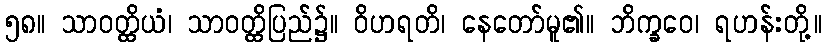
၅၈။ သာဝတ္ထိယံ၊ သာဝတ္ထိပြည်၌။ ဝိဟရတိ၊ နေတော်မူ၏။ ဘိက္ခဝေ၊ ရဟန်းတို့။